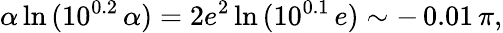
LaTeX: \alpha\ln{(10^{0.2}\, \alpha)}=2e^{2}\ln{(10^{0.1}\, e)}\sim-\, 0.01\, \pi,